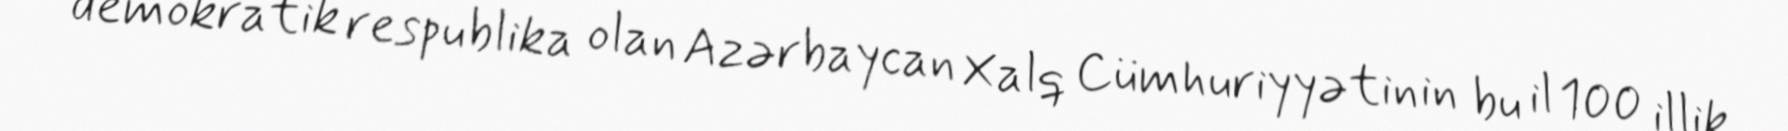
demokratik respublika olan Azərbaycan Xalq Cümhuriyyətinin bu il 100 illik